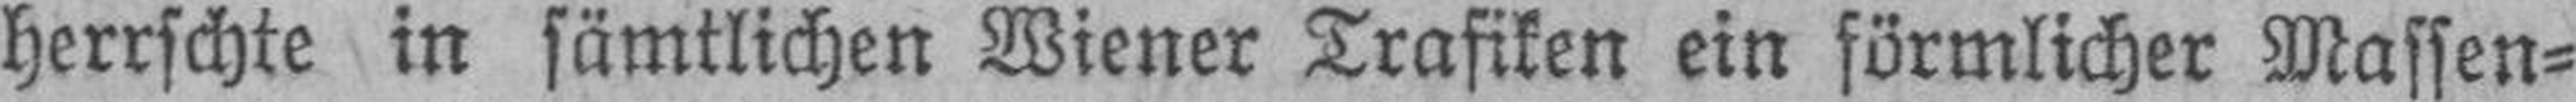
herrschte in sämtlichen Wiener Trafiken ein förmlicher Massen¬